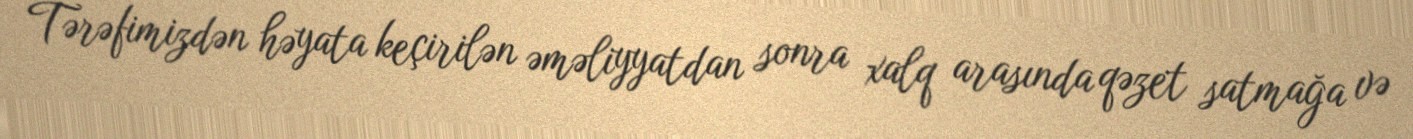
Tərəfimizdən həyata keçirilən əməliyyatdan sonra xalq arasında qəzet satmağa və